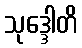
သုဒ္ဒေါတိ